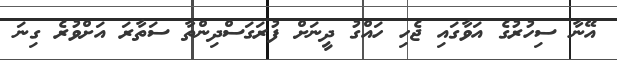
އޭނާ ސިހުރުގެ އަވާގައި ޖެހި ހައްގު ދީނަށް ފުރަގަސްދިންތާ ސަތާރަ އަށްވުރެ ގިނަ